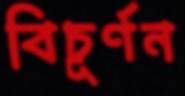
বিচূর্ণন